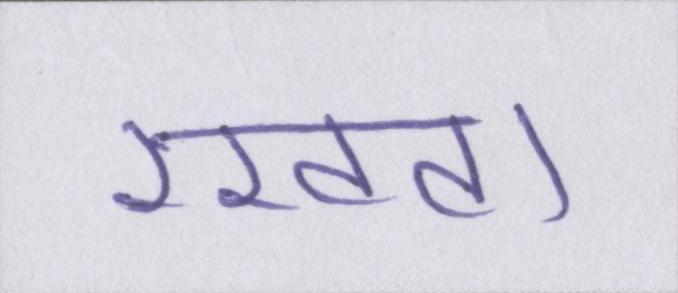
रखवा